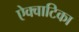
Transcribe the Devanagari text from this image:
ऐक्वाटिका